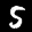
Label: 5